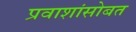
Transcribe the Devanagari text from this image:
प्रवाशांसोबत